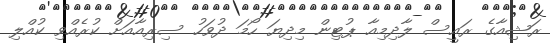
ރަޝިއާގެ ރައީސް ލާދިމިއާ ޕުޓިން މިދިޔަ ހޯމަ ދުވަހު ސިރިއާއަށް ކުރެއްވި ކުއްލި